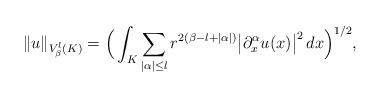
LaTeX: \begin{align*} \| u\|_{V_\beta^l(K)} = \Big( \int_K \sum_{|\alpha|\le l} r^{2(\beta-l+|\alpha|)}\big| \partial_x^\alpha u(x)\big|^2\, dx\Big)^{1/2},\end{align*}